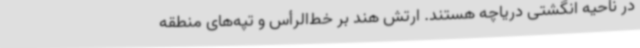
در ناحیه انگشتی دریاچه هستند. ارتش هند بر خط‌الرأس و تپه‌های منطقه